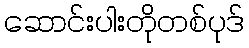
ဆောင်းပါးတိုတစ်ပုဒ်